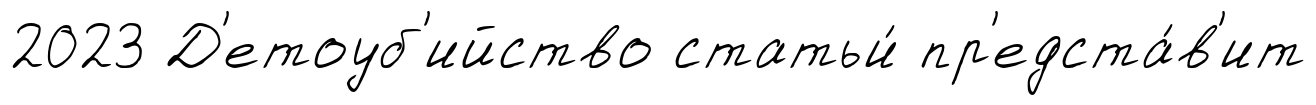
2023 Д'етоуб'ийство статьи́ пр'едста́в'ит